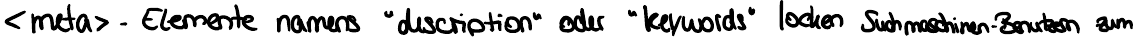
<meta> - Elemente names "description" oder "keywords" locken Suchmaschinen-Benutzer zum